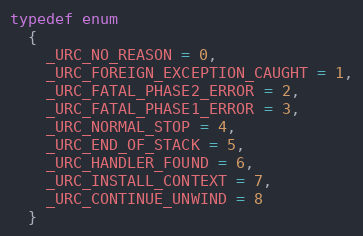
Language: C
typedef enum
  {
    _URC_NO_REASON = 0,
    _URC_FOREIGN_EXCEPTION_CAUGHT = 1,
    _URC_FATAL_PHASE2_ERROR = 2,
    _URC_FATAL_PHASE1_ERROR = 3,
    _URC_NORMAL_STOP = 4,
    _URC_END_OF_STACK = 5,
    _URC_HANDLER_FOUND = 6,
    _URC_INSTALL_CONTEXT = 7,
    _URC_CONTINUE_UNWIND = 8
  }